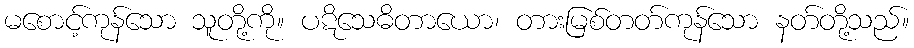
မစောင့်ကုန်သော သူတို့ကို။ ပဋိသေဓိတာယော၊ တားမြစ်တတ်ကုန်သော နတ်တို့သည်။